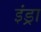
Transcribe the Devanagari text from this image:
इंड्रा